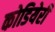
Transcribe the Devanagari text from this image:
कोडियेरी